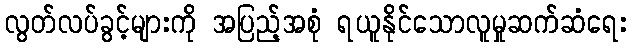
လွတ်လပ်ခွင့်များကို အပြည့်အစုံ ရယူနိုင်သောလူမှုဆက်ဆံရေး